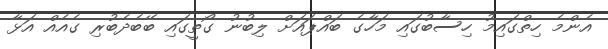
އެންމެ ހިތްގައިމު ހިސާބުގައި މަހާގެ ބައްޕައަށް ލިބުނު ގޯތީގައި ބޭބެދެބުރި ގެއެއް އަޅާ